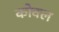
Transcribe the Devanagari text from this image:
कोवल